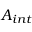
A _ { i n t }